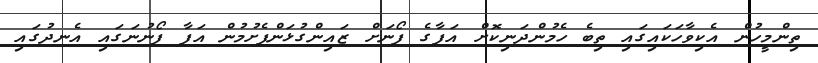
ތިންމީހުން އެކިވާހަކައިގައި ތިބެ ހެމުންދަނިކޮށް އަފާގެ ފޯނަށް ޒައިންގުޅަންފެށުމުން އަފާ ފޯނުނަގައި އެނދުގައި